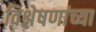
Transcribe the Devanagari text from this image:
विश्लेषणांच्या